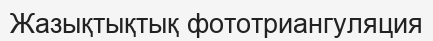
Жазықтықтық фототриангуляция